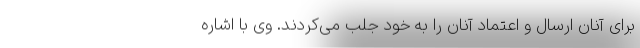
برای آنان ارسال و اعتماد آنان را به خود جلب می‌کردند. وی با اشاره